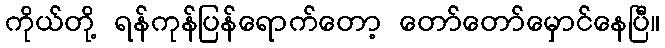
ကိုယ်တို့ ရန်ကုန်ပြန်ရောက်တော့ တော်တော်မှောင်နေပြီ။